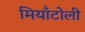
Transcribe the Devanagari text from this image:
मियाँटोली